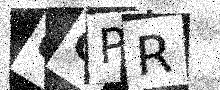
Text: 0GPR